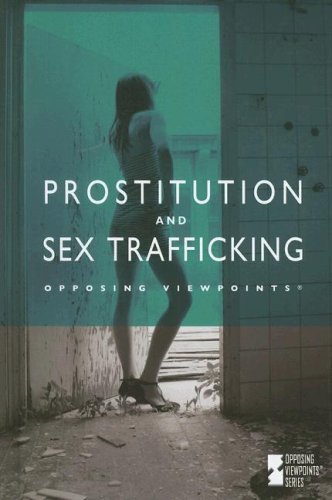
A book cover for Prostitution and Sex Trafficking (Opposing Viewpoints); Louise Gerdes; Teen & Young Adult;